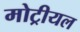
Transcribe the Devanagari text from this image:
मोट्रीयल